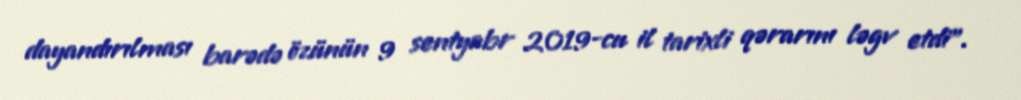
dayandırılması barədə özünün 9 sentyabr 2019-cu il tarixli qərarını ləgv etdi".